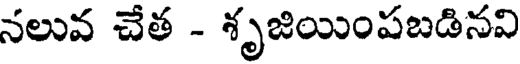
నలువ చేత - శృజియింపబడినవి